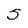
Character: 5